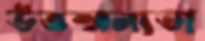
উত্তম্মন্যতা